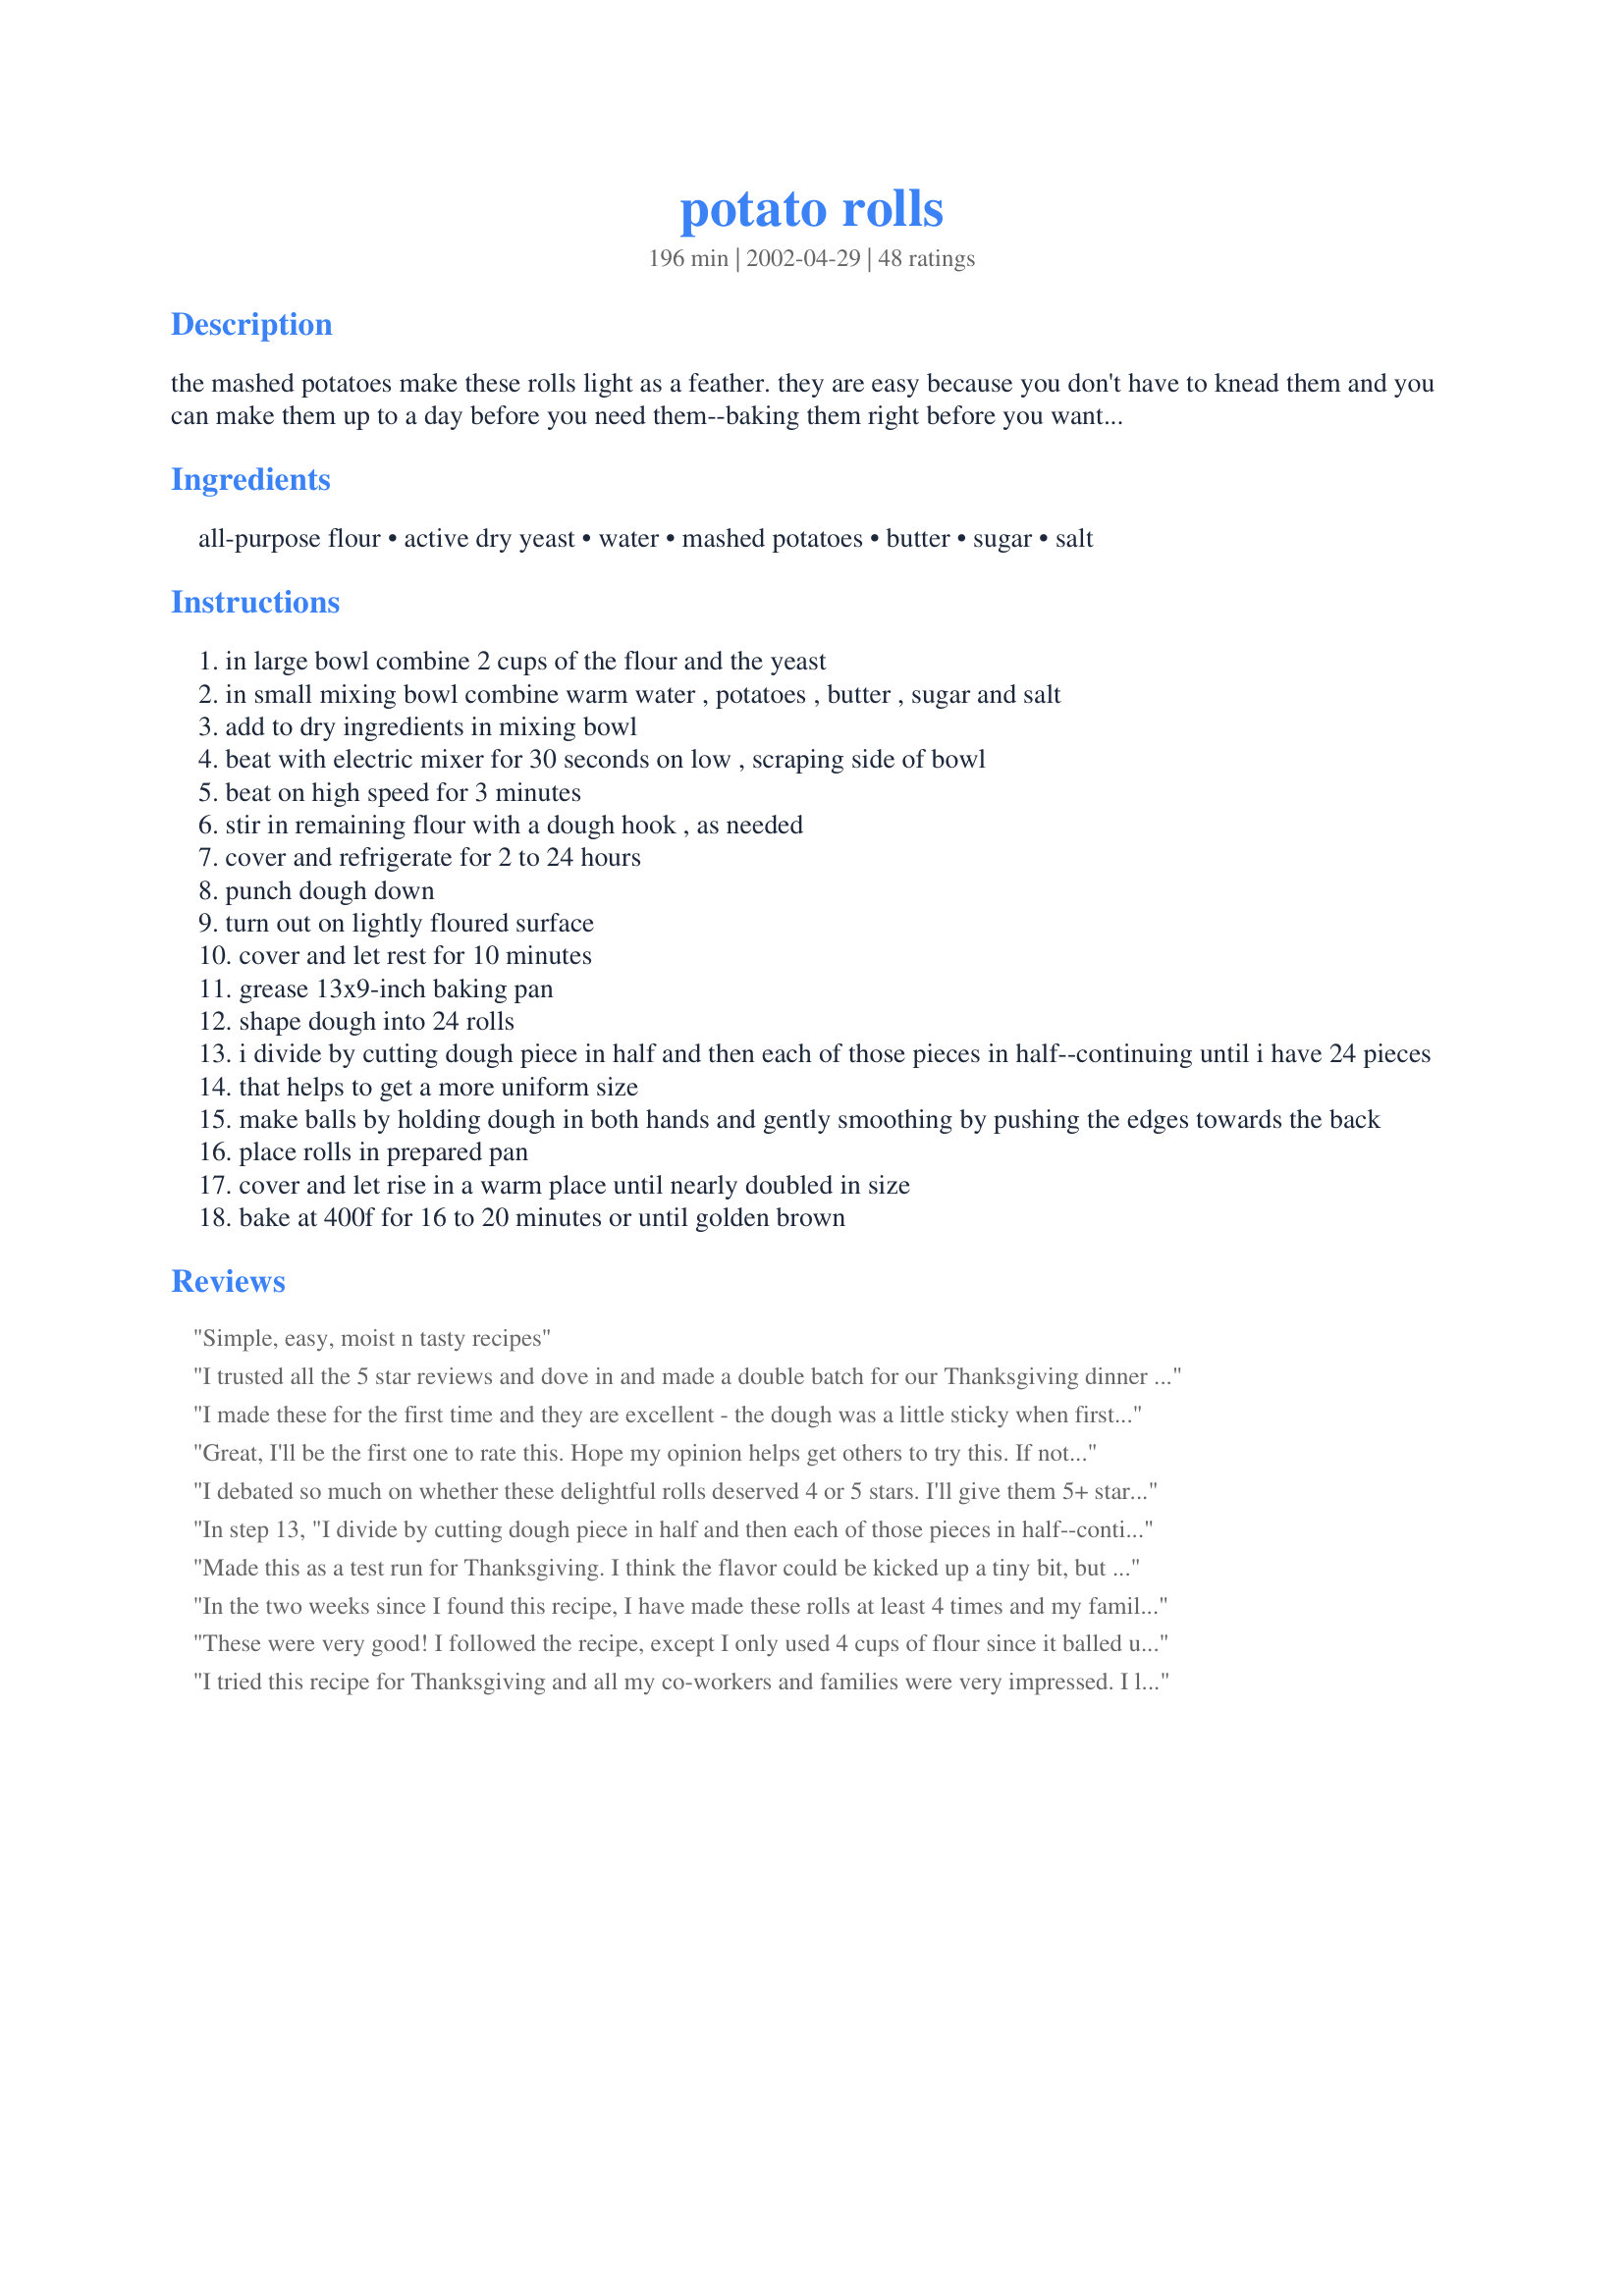
potato rolls
Preparation time: 196 minutes

the mashed potatoes make these rolls light as a feather. they are easy because you don't have to knead them and you can make them up to a day before you need them--baking them right before you want to serve them. perfect for your big holiday dinners.

Ingredients:
all-purpose flour, active dry yeast, water, mashed potatoes, butter, sugar, salt

Steps:
in large bowl combine 2 cups of the flour and the yeast
in small mixing bowl combine warm water , potatoes , butter , sugar and salt
add to dry ingredients in mixing bowl
beat with electric mixer for 30 seconds on low , scraping side of bowl
beat on high speed for 3 minutes
stir in remaining flour with a dough hook , as needed
cover and refrigerate for 2 to 24 hours
punch dough down
turn out on lightly floured surface
cover and let rest for 10 minutes
grease 13x9-inch baking pan
shape dough into 24 rolls
i divide by cutting dough piece in half and then each of those pieces in half--continuing until i have 24 pieces
that helps to get a more uniform size
make balls by holding dough in both hands and gently smoothing by pushing the edges towards the back
place rolls in prepared pan
cover and let rise in a warm place until nearly doubled in size
bake at 400f for 16 to 20 minutes or until golden brown

Reviews:
Simple, easy, moist n tasty recipes
I trusted all the 5 star reviews and dove in and made a double batch for our Thanksgiving dinner this week. And I am NOT sorry. Boy, are these rolls good! So light and tender. Hubby and I ate one almost immediately after they came out of the oven as they smelled so good baking we couldn't wait! I used instant mashed potatoes and they worked fine. I just made them according to the package directions and then followed the recipe exactly. I did brush a little melted butter on them before baking and they are heavenly. Thanks Sharlene for a very nice recipe!
I made these for the first time and they are excellent - the dough was a little sticky when first mixed but fine when I took them out of the ‘fridge this morning and needed no added flour. 
I left the first 12 to rise for 40 minutes in a warm room and the second batch for an hour - the second batch rose more and are lighter - something to remember when making again during winter.
Thank you for sharing
Great, I'll be the first one to rate this. Hope my opinion helps get others to try this. If not, they don't know what they're missing. I have another recipe for potato rolls and I posted it but I thought I'd try yours today. Mine doesn't say to refrigerate before so I wanted to see how this would work in case I wanted to make ahead. They were udderly delicious! That's sheep talk for wonderful! Thanks Sharlene for this recipe that I'll be making over and over!
I debated so much on whether these delightful rolls deserved 4 or 5 stars. I'll give them 5+ stars for flavor! Now, truly, refrigerating the dough helped a lot (as it was lumpy and sticky, not very pretty after the remaining flour was mixed). Then I initially gave them 4+ stars for their texture, hot out of the oven (but that's because most breads are often gummy, while piping hot). Yet once completely cooled, I ate another and another... and another. I had to rush what the family didn't eat into the deep freeze, so I wouldn't eat the rest single-handedly! So now I'll rate them with 5 solid stars. Thanks for sharing, this recipe's a real KEEPER! Next time I am going to try them with buttermilk and see if it's worth the trouble and expense or not.
In step 13, "I divide by cutting dough piece in half and then each of those pieces in half--continuing until I have 24 pieces," the math just doesn't work. Two, four, eight, sixteen, thirty-two...the sequence does not include twenty-four. I weigh my dough in thirds. Then the sequence is three, six, twelve, and twenty-four. If you don't have a digital scale, shame on you--you are not a real bread baker.
Made this as a test run for Thanksgiving. I think the flavor could be kicked up a tiny bit, but I'll just increase the salt/butter next time. I also used half whole wheat and they were good.
In the two weeks since I found this recipe, I have made these rolls at least 4 times and my family is crazy for them. I am a longtime baker and these are truly exceptional rolls. I use the water I cooked the potatoes in for extra starch. Terrific! Recipe doubles well also. Thanks!
These were very good! I followed the recipe, except I only used 4 cups of flour since it balled up on my kitchen aid mixer by then. They turned out beautifully, and worked perfect with my mini burgers (sliders). Thank you for the great recipe.
I tried this recipe for Thanksgiving and all my co-workers and families were very impressed. I love to cook and absolutely loved the wonderful taste of these rolls. Have given the recipe to several friends. Also am making them again for Christmas.

Thanks again Sharlene for posting this great recipe.
Wonderful full-proof recipe! I halved the recipe but used an entire cup of mashed potatoes & 2t yeast from a jar; also I baked it as a bread loaf instead of rolls. Airy, moist, and really good toasted. Thanks!
I took these to a Thanksgiving gathering and all raved and asked for the recipe. They were easy to transport and finish there since no kneading is required. I put them in muffin pans.
Took advantage of a snow day to make these rolls. They were amazing! My family said they were the best rolls I've made. They came out tasty and tender. This is my new go-to recipe.
I especially like the &#039;make the dough a day before&#039; instructions. I made up instant mashed potatoes to use in the recipe.
For some reason my review poofed, but my stars are still there..... weird! These really light and fluffy, and I'm going to make them again soon. Thank you for your wonderful recipe. Mark loves potato rolls! I hope this doesn't evaporate.... lol!
Made these with a basil/garlic/onion/salt/pepper and olive oil spread..baked it right on. They were very delicious. I'll be making these again. :) I reduced the recipe to 15 rolls and it worked just fine. I might add a bit more of the mashed potatoes next time and see what happens.
these are great but i can never get even close to all the flour incorporated
OMG (I thought I would never use that), but these are the very best rolls I have ever baked!!!!! When I took dough out of frig. ( 24 hrs.),the dough was very firm and I thought I put in too much flour. It took about 2 hours to rise and I wondered if I did something wrong. Not so, they were beautiful, light, moist and delicious!!!! I made these today and will freeze and use on Easter. Thanks for the recipe!!!
A great way to use leftover mashed potatoes! Very easy. I let it rise the first time for about 1 hour on my counter (not the fridge) and the second time for about 40 minutes in a slightly warmed oven. They turned out great!
I usually make butterhorn rolls for all of the family gatherings, I think they would send me home if I didn't! I'm really into potato bread lately so I decided to tempt fate and make these for a change. Everyone liked them better than the butterhorns! I didn't refridgerate because I didn't have time. I also brushed them with milk for a brown crust before I baked them and brushed them with honey butter when they came out. Thanks so much, I am making a double batch now for our Christmas Eve festivities!
I made the dough last night and left it refrigerated overnight, as the recipe suggests. The flavor and the beauty of these rolls did not disappoint. I&#039;d caution someone who isn&#039;t very experienced with yeast breads to watch the dough instead of the timer. Once removed from the refrigerator it&#039;s quite possible that they will need longer than 10 minutes to rest and 40 to rise.
I finally found a yeast roll recipe that is easy and foolproof. I've made these twice now with perfect results -- moist, fluffy rolls. I had to add only 4 c. of flour, too. Thanks for sharing this fantastic recipe. My search is over.
These rolls are really good. They are easy to make and you can just stick them in the frige until you are ready to heat up!! This comes in handy for a party. They also taste great!
I really love this recipe; it's such a great way to use up leftover mashed potatoes! My rolls didn't rise much but I'll just have to try it again sometime. They still tast great and freeze wonderfully! Thanks!
Made these last night with the slight modifications suggested by other reviewers. I doubled the salt and upped the sugar just a little. I had to use the full amount of flour unlike a lot of others who said they only used 4 cups. They were a little denser than I was expecting but it may be that I needed to let them rise longer before baking, I&#039;ll try that next time. I will be making them again ~ they are delicious.
I made these with 2.5 cups whole wheat flour (Priarie Gold which is a soft whole wheat) and 1.5 cups all purpose flour - 4 cups was good for me today. Delightful! I also just put in 3T sugar as we were using them for bbq rolls and didn't want to have any sweetness. I used the potato water from boiling pots for the water. With a time crunch, I shaped the rolls (20 make great small sandwiches) and put them in the oven with a steaming saucepan of water in the bottom - no oven heat. They rose beautifully in 30 minutes. This is a keeper. My family is thrilled! Thanks so much.
These were great. I used the exact amounts of the ingredients, but had my bread maker do the work. After the dough was ready, I made them just like the recipe called for. I'll make them again! Thanks Sharlene.
My cooking skills with bread rolls has usually brought very ordinary results. These turned out a treat and I was very impressed with the recipe and myself. These are a great accompaniment to soup.
These rolls were light and fluffy, but they lacked something -- maybe a little honey would be good? Overall, they were good rolls, but next time I make this recipe I might substitute a bit of honey for the sugar.
I made these last night---wonderful. I did knead my dough, though---it&#039;s kind of therapeutic for me:):)!
These are outstanding rolls. They remind me of the potato rolls I used to make years ago & had to knead for 10 minutes. Taking a cue from others, I did increase the sugar & salt a bit to suit our taste. I was making them for a church dinner so couldn't overeat, thank goodness!
Wonderful! I had problems with the rising part but I blame the winter poking its way through my kitchen vent. Wonderful taste and everyone thought they were store-bought! I'll take that as a compliment. I stored it overnight in the fridge, took them out in the morning to rise and cooked it alongside the Easter ham. Num-o!
I have never made better rolls! You can't get much easier in a yeast roll too. I will be making these at least once a week!
I used a bread machine to knead the dough comma and then roll them into buns by hand and they were fantastic. I did use canola oil in the place of butter but it didn't make any difference to how great they were, they are beautifully light and the softest roles I've ever made.
Absolutely a keeper !!! I've made these three times already. The recipe makes a bunch... but I just freeze the leftovers, which taste just as good reheated ! For anyone who has problems with bread lacking flavor (I do with almost all bread recipes), just increase the butter, sugar and salt. For this recipe I increased the butter to 1/2 cup, the sugar to 1/3 cup and the salt to 2 tsp. Also great topped with sesame seeds.
This recipe did not work for high altitude. They were dense. I added the flour very slowly, thinking it was the right amount but it ended up being likely 1 to 1 1/2 cups too much. Perhaps letting it rise not in the refrigerator but the counter at first would have helped too.
Just made these today and they are great. I've been looking for the perfect dinner roll, this is perfection. I did cut the recipe in half as there are just two of us. Unfortunately I made an error and put in the full amount of sugar. They were very sweet to me but I had trouble keeping my DH out of them until dinner! Thank you, I now have the perfect dinner roll recipe!
Great recipe for beautiful, soft and fluffy rolls! Much better than other recipes I&#039;ve tried. Apart from the resting time, these were very quick and easy to make. I will definitely be making these again.
Excellent recipe. For a little fun, add some dried chives. Or when you're having Italian food, add some Italian seasoning to make a herb dough OR fresh pressed garlic for garlic bread. Let your imagination go now that you have your basic recipe perfected!
I have to say, I read a lot of reviews for recipes before I try them. I have never written one... until now! I have a tried and true Amish Potato Roll recipe that I have used for years. My son is a real fan of soft, sweet-ish bread and rolls. He called late last night to tell me he was coming home (with a few guys in tow) ... and nothing fancy, maybe just burgers on (homemade rolls).
Well... my car is in the shop, and I have no eggs or milk! This recipe fit the bill for what I had on hand and I have to say, it was perfect! It did not exactly fool him, but he said they were GREAT!!! Thanks for sharing!!!
This recipe is great! I think it would make excellent 'spudnuts' if rolled and cut with a donut cutter, fried and glazed. The rolls are fantastic, crusty on the outside and light inside. I did have to add a touch more salt plus I used water in which the potatoes were cooked. Easy to have mashed potatoes and rolls in the same meal. Great recipe to mix with a Kitchen Aid mixer (no kneading) super easy.
These were good, but a little dense. I had some problems with the dough. It came out really sticky, so I added some flour. I think maybe that is why they were so heavy. Good flavor though!
Awesome rolls
I made these rolls according to the recipe a couple of times and they were excellent. I like the feature of having the dough in the fridge and I can make up a batch at a time. However I live in the tropics and very seldom get good potatoes or prepare them but substituting leftover rice mashed with a potato masher in the same quantity as the potato the rolls come out great. A little different in texture and taste but still great. A really good recipe that is a favorite here.
Thanks from Tom
I made these for Christmas dinner and everyone raved over the fresh homemade rolls! They smelt wonderful while baking and they came out with a tender, fluffy texture. My Dad, the bread lover in the family, really enjoyed them! I think next time, I might brush the tops with a little melted butter before baking. Other than that, I wouldn't change the recipe at all!
Fabulous, easy and in my favorites now! I&#039;m not sure why I bothered to make dinner. All my hubby and I wanted were these rolls and butter!
Delicious! The taste and texture is very familiar and like what I grew up eating in German Mennonite homes and restaurants. Thanks for sharing!
These turned out super great! I really like to have hot rolls for my family, but our meal times are seldom on schedule. I can mix these, keep them in the fridge and have ready to serve on fairly short notice. I never seem to have real potatoes in my house these days so I used mashed potatoes from a mix. I brushed the tops with butter right after I took them out of the oven.
